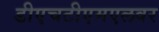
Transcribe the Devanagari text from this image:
डीएचटीएमएलवर